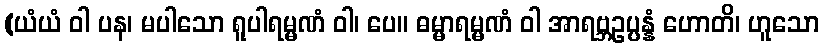
(ယံယံ ဝါ ပန၊ မပါသော ရူပါရမ္မဏံ ဝါ၊ ပေ။ ဓမ္မာရမ္မဏံ ဝါ အာရဗ္ဘဥပ္ပန္နံ ဟောတိ၊ ဟူသော